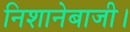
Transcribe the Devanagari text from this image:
निशानेबाजी।